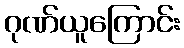
ဂုဏ်ယူကြောင်း